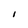
Character: I